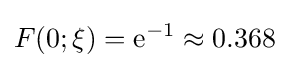
F(0;\xi )=\mathrm {e} ^{-1}\approx 0.368